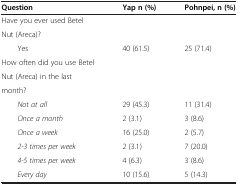
<table><thead><tr><td><b>Question</b></td><td><b>Yap n (%)</b></td><td><b>Pohnpei, n (%)</b></td></tr></thead><tbody><tr><td>Have you ever used Betel</td><td> </td><td> </td></tr><tr><td>Nut (Areca)?</td><td> </td><td> </td></tr><tr><td>Yes</td><td>40 (61.5)</td><td>25 (71.4)</td></tr><tr><td>How often did you use Betel</td><td> </td><td> </td></tr><tr><td>Nut (Areca) in the last</td><td> </td><td> </td></tr><tr><td>month?</td><td> </td><td> </td></tr><tr><td><i>Not at all</i></td><td>29 (45.3)</td><td>11 (31.4)</td></tr><tr><td><i>Once a month</i></td><td>2 (3.1)</td><td>3 (8.6)</td></tr><tr><td><i>Once a week</i></td><td>16 (25.0)</td><td>2 (5.7)</td></tr><tr><td><i>2-3 times per week</i></td><td>2 (3.1)</td><td>7 (20.0)</td></tr><tr><td><i>4-5 times per week</i></td><td>4 (6.3)</td><td>3 (8.6)</td></tr><tr><td><i>Every day</i></td><td>10 (15.6)</td><td>5 (14.3)</td></tr></tbody></table>